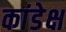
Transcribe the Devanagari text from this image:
कांडेक्ष